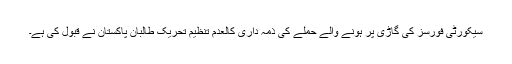
سیکورٹی فورسز کی گاڑی پر ہونے والے حملے کی ذمہ داری کالعدم تنظیم تحریک طالبان پاکستان نے قبول کی ہے۔